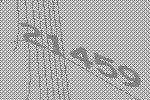
21459